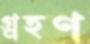
গ্র্রহণ